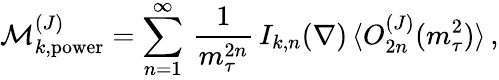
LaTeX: {\cal M}_{k,\mathrm{power}}^{(J)}=\sum_{n=1}^{\infty}\, {\frac{1}{m_{\tau}^{2n}}}\, I_{k,n}(\nabla)\, \langle O_{2n}^{(J)}(m_{\tau}^{2})\rangle\, ,